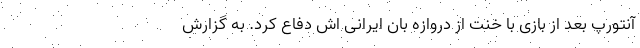
آنتورپ بعد از بازی با خنت از دروازه بان ایرانی اش دفاع کرد. به گزارش